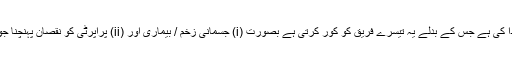
انشورنس کرانے والے نے بدلے میں طے شدہ رقم ادا کی ہے جس کے بدلے یہ تیسرے فریق کو کور کرتی ہے بصورت (i) جسمانی زخم / بیماری اور (ii) پراپرٹی کو نقصان پہنچنا جو کہ کنٹریکٹ کے کاموں سے براہ راست متعلقہ ہو۔